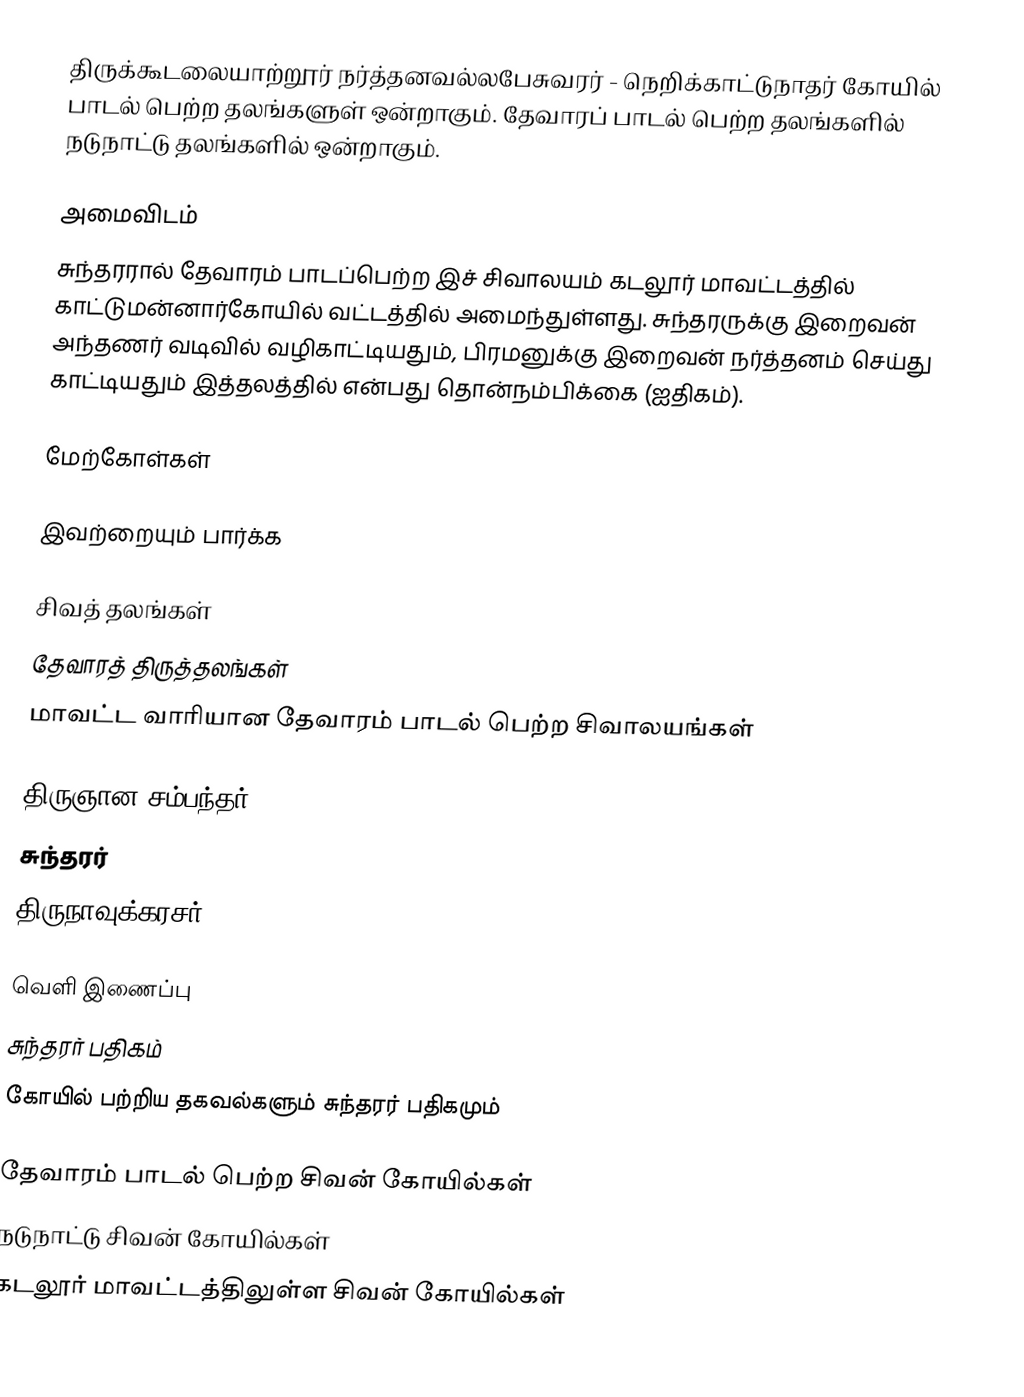
திருக்கூடலையாற்றூர் நர்த்தனவல்லபேசுவரர் - நெறிக்காட்டுநாதர் கோயில் பாடல் பெற்ற தலங்களுள் ஒன்றாகும். தேவாரப் பாடல் பெற்ற தலங்களில் நடுநாட்டு தலங்களில் ஒன்றாகும்.

அமைவிடம்
சுந்தரரால் தேவாரம் பாடப்பெற்ற இச் சிவாலயம் கடலூர் மாவட்டத்தில் காட்டுமன்னார்கோயில் வட்டத்தில் அமைந்துள்ளது. சுந்தரருக்கு இறைவன் அந்தணர் வடிவில் வழிகாட்டியதும், பிரமனுக்கு இறைவன் நர்த்தனம் செய்து காட்டியதும் இத்தலத்தில் என்பது தொன்நம்பிக்கை (ஐதிகம்).

மேற்கோள்கள்

இவற்றையும் பார்க்க

 சிவத் தலங்கள்
 தேவாரத் திருத்தலங்கள்
 மாவட்ட வாரியான தேவாரம் பாடல் பெற்ற சிவாலயங்கள்

 திருஞான சம்பந்தர்
 சுந்தரர்
 திருநாவுக்கரசர்

வெளி இணைப்பு
 சுந்தரர் பதிகம்
 கோயில் பற்றிய தகவல்களும் சுந்தரர் பதிகமும்

தேவாரம் பாடல் பெற்ற சிவன் கோயில்கள்
நடுநாட்டு சிவன் கோயில்கள்
கடலூர் மாவட்டத்திலுள்ள சிவன் கோயில்கள்